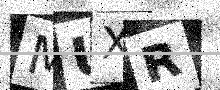
Text: MUXR